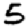
Digit: 5